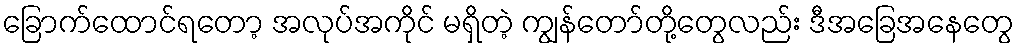
ခြောက်ထောင်ရတော့ အလုပ်အကိုင် မရှိတဲ့ ကျွန်တော်တို့တွေလည်း ဒီအခြေအနေတွေ